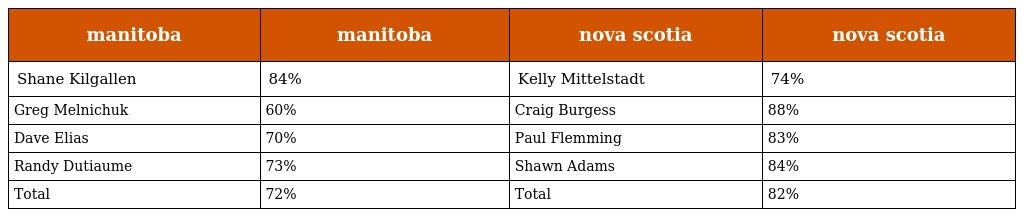
| manitoba | manitoba | nova scotia | nova scotia |
 | --- | --- | --- | --- |
 | Shane Kilgallen | 84% | Kelly Mittelstadt | 74% |
 | Greg Melnichuk | 60% | Craig Burgess | 88% |
 | Dave Elias | 70% | Paul Flemming | 83% |
 | Randy Dutiaume | 73% | Shawn Adams | 84% |
 | Total | 72% | Total | 82% |